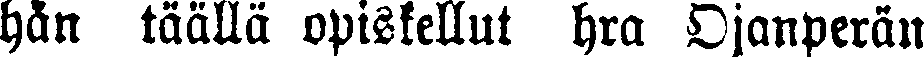
hän täällä opiskellut hra Ojanperän